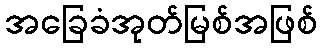
အခြေခံအုတ်မြစ်အဖြစ်